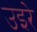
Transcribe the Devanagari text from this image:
उइरे